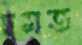
দমত